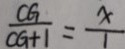
\frac { C G } { C G + 1 } = \frac { x } { 1 }